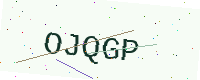
Text: OJQGP